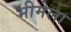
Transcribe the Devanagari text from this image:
भीमेला